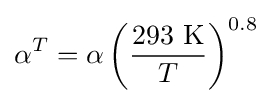
\alpha ^{T}=\alpha \left({\frac {\text{293 K}}{T}}\right)^{0.8}